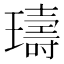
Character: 璹